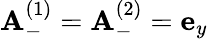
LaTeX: {\mathbf A}_{-}^{(1)}={\mathbf A}_{-}^{(2)}={\mathbf e}_{y}